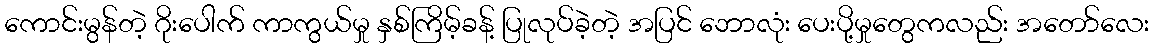
ကောင်းမွန်တဲ့ ဂိုးပေါက် ကာကွယ်မှု နှစ်ကြိမ့်ခန့် ပြုလုပ်ခဲ့တဲ့ အပြင် ဘောလုံး ပေးပို့မှုတွေကလည်း အတော်လေး